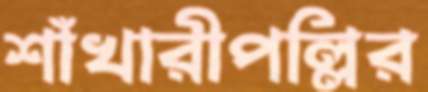
শাঁখারীপল্লির